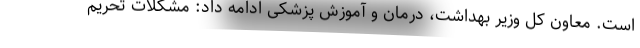
است. معاون کل وزیر بهداشت، درمان و آموزش پزشکی ادامه داد: مشکلات تحریم